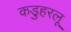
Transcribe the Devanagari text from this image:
कडुहरलू